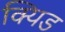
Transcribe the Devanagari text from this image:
क्यिड